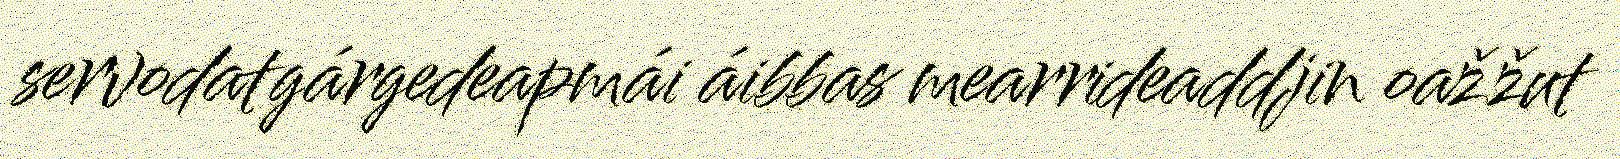
servodatgárgedeapmái áibbas mearrideaddjin oažžut